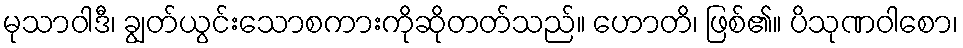
မုသာဝါဒီ၊ ချွတ်ယွင်းသောစကားကိုဆိုတတ်သည်။ ဟောတိ၊ ဖြစ်၏။ ပိသုဏဝါစော၊